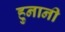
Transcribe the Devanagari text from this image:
हुनानी